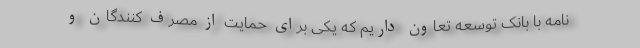
نامه با بانک توسعه تعاون داریم که یکی برای حمایت از مصرف کنندگان و